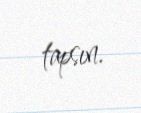
tapsın.